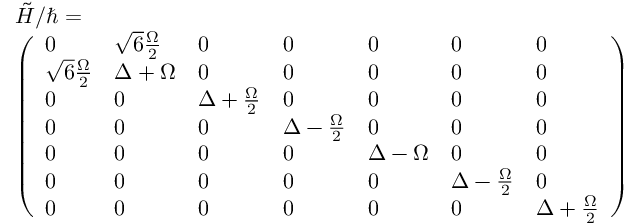
\begin{array} { r l } & { \tilde { H } / \hbar = } \\ & { \left( \begin{array} { l l l l l l l } { 0 } & { \sqrt { 6 } \frac { \Omega } { 2 } } & { 0 } & { 0 } & { 0 } & { 0 } & { 0 } \\ { \sqrt { 6 } \frac { \Omega } { 2 } } & { \Delta + \Omega } & { 0 } & { 0 } & { 0 } & { 0 } & { 0 } \\ { 0 } & { 0 } & { \Delta + \frac { \Omega } { 2 } } & { 0 } & { 0 } & { 0 } & { 0 } \\ { 0 } & { 0 } & { 0 } & { \Delta - \frac { \Omega } { 2 } } & { 0 } & { 0 } & { 0 } \\ { 0 } & { 0 } & { 0 } & { 0 } & { \Delta - \Omega } & { 0 } & { 0 } \\ { 0 } & { 0 } & { 0 } & { 0 } & { 0 } & { \Delta - \frac { \Omega } { 2 } } & { 0 } \\ { 0 } & { 0 } & { 0 } & { 0 } & { 0 } & { 0 } & { \Delta + \frac { \Omega } { 2 } } \end{array} \right) } \end{array}